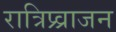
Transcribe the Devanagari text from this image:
रात्रिप्र्व्राजन